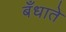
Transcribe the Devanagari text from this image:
बँधाते